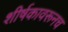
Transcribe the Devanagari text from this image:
शीर्षकावरूनच